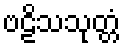
ဗဠိသသုတ္တံ